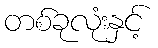
တစ်ခုလုံးနှင့်